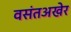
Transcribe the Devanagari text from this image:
वसंतअखेर